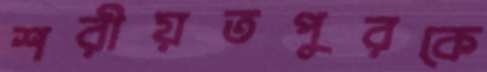
শরীয়তপুরকে